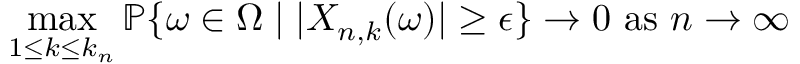
\operatorname* { m a x } _ { 1 \leq k \leq k _ { n } } \mathbb { P } \{ \omega \in \Omega \mid \vert X _ { n , k } ( \omega ) \vert \geq \epsilon \} \to 0 { \mathrm { ~ a s ~ } } n \to \infty